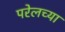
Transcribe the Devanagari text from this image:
परेलच्या